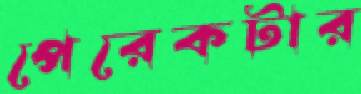
পেরেকটার